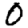
Digit: 0